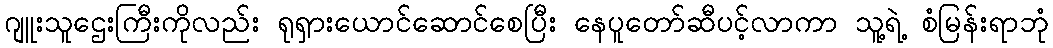
ဂျူးသူဌေးကြီးကိုလည်း ရုရှားယောင်ဆောင်စေပြီး နေပူတော်ဆီပင့်လာကာ သူ့ရဲ့ စံမြန်းရာဘုံ